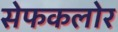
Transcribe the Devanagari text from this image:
सेफकलोर